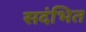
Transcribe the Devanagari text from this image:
सदंभित